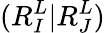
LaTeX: (R_{I}^{L}|R_{J}^{L})